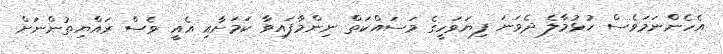
އެހެންނަމަވެސް ހުޅުމާލެ ދެވަނަ ފިޔަވަހީގެ މަސައްކަތް ނިންމާފައިވާ ކަމަށާއި އެއީ ވެސް ރައްޔިތުންނަށް